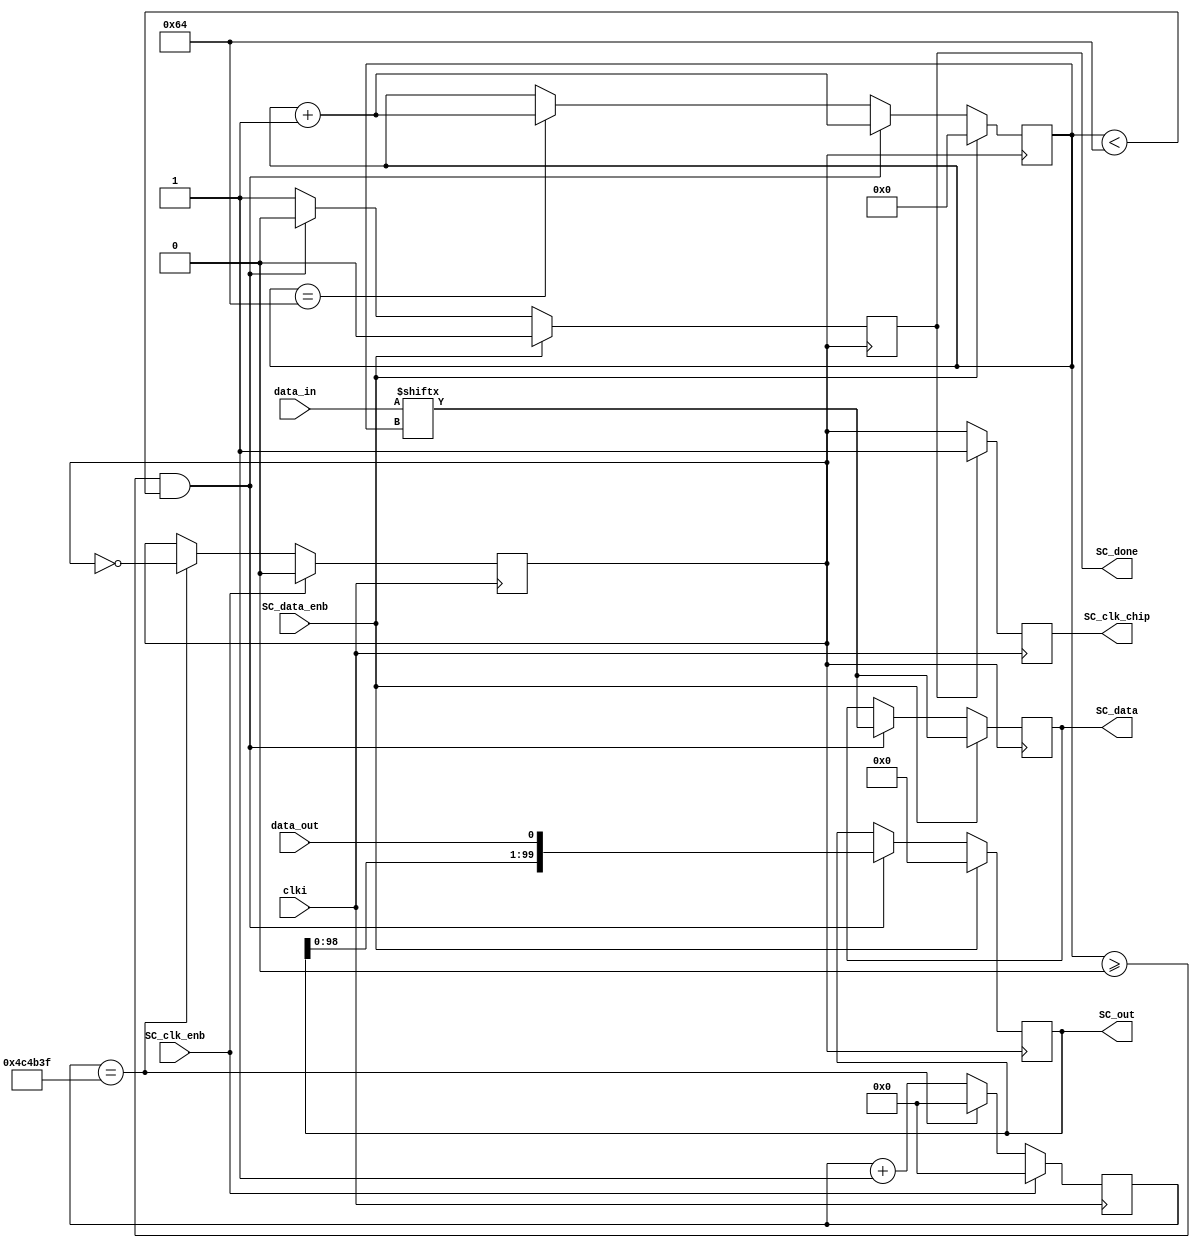
`timescale 1ns / 1ps
//////////////////////////////////////////////////////////////////////////////////
// Company: 
// Engineer: 
// 
// Design Name: 
// Module Name:    ScanChain
// Project Name: 
// Target Devices: 
// Tool versions: 
// Description: 
//
// Dependencies: 
//
// Revision: 
// Revision 0.01 - File Created
// Additional Comments: 
//
//////////////////////////////////////////////////////////////////////////////////
module ScanChain(
    input wire clki,
	 input wire SC_clk_enb,
	 input wire SC_data_enb,
	 //input wire SC_reset_enb,
	 input wire [99:0] data_in,			// s_in from Matlab to okHost
	 input wire 		 data_out,		   // s_out from chip to okHost
	 output reg			 SC_data,			// s_in from okHost to chip
	 //output reg			 SC_load,
	 output reg			 SC_clk_chip,
	 output reg	[99:0] SC_out,			// s_out from okHost to Matlab
	 //output reg SC_reset,
	 output reg SC_done
	 );

// generate SC_clk_inn
	parameter M = 10000000;   	//SC_clk = 100/M MHz
	parameter data_leng = 100;  //Code length
	reg [25:0] cnt;  				//frequency divider counter
   reg SC_clk;
	
	always @ (posedge clki) begin  	 // frequency divider : clki -> RDAC_clck (100MHz -> 100/M MHz)
		if(SC_clk_enb)   begin
				cnt <= 0;
				SC_clk <= 1'b0;
		end
		else begin
			  if(cnt == M/2-1)	begin 
				SC_clk <= !SC_clk;
				cnt <= 0;         
			  end
			  else begin 
				SC_clk <= SC_clk;  
				cnt <= cnt + 1; 
			  end
		end
	   if(SC_done)    begin
		      SC_clk_chip <= 1'b1;
		end
		else begin
		      SC_clk_chip <= SC_clk;
		end		      
	end
	
// generate SC_data to DUT chip and receive data from chip
	reg [11:0] cnt_data;						// serial data count

//	wire data_tmp = data_in[cnt_data];
	always @ (negedge SC_clk) begin		// shift-in data at negedge	
		//if(SC_reset_enb)  begin
		//         SC_reset <= 1'b1;
		//end
		//else begin
		//         SC_reset <= 1'b0;
               		if(SC_data_enb)	begin
					         cnt_data <= 0;
					         SC_data <= data_in[cnt_data];
					       //SC_load <= 1'b0;
					         SC_out[99:0] <= 100'b0;
					         SC_done <= 1'b0;
		               end
		               else begin
			               if (cnt_data >= 0  && cnt_data < data_leng)	begin // scan in & out
					             cnt_data <= cnt_data + 1; 
					             SC_data <= data_in[cnt_data];
					           //SC_load <= 1'b0; 
					             SC_out[99:0] <= {SC_out[98:0],data_out};
					             SC_done <= 1'b0;
			               end
			               else if (cnt_data == data_leng)	begin // trigger the load signal then scan out the 1st bit
			            		cnt_data <= cnt_data +1; 
			            		SC_data <= SC_data;
			           		 //SC_load <= 1'b1; 
			            		SC_out[99:0] <= SC_out[99:0];
			            		SC_done <= 1'b1;
			               end
			            // else if (cnt_data > data_leng && cnt_data < 2*data_leng) begin // scan out the rest 39 bits 
					          //cnt_data <= cnt_data + 1; 
					          //SC_data <= 1'b1;
					          //SC_load <= 1'b1; 
					          //SC_out[19:0] <= {SC_out[18:0],data_out};
					          //SC_done <= 1'b0;
			            // end
			          
								
								else 	begin // hold scan out
					            cnt_data <= cnt_data; 
					            SC_data <= SC_data;
					          //SC_load <= 1'b0; 
					            SC_out[99:0] <= SC_out[99:0];
					            SC_done <= 1'b1;
			               end
		               end		
      //end       
	end
	
endmodule